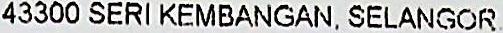
43300 SERI KEMBANGAN, SELANGOR.